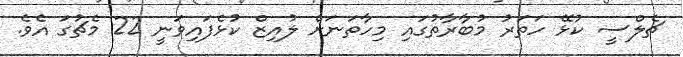
ޗެލްސީ ކުޅޭ ހަތަރު މުބާރާތުގައި މިހާތަނަށް ލުއިޒް ކުޅެފައިވަނީ 22 މެޗުގަ އެވެ.